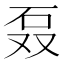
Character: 𰦫